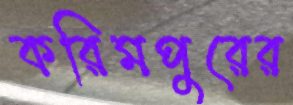
করিমপুরের